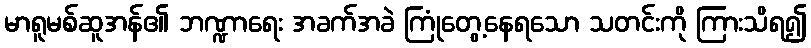
မာရူမစ်ဆူအန်၏ ဘဏ္ဍာရေး အခက်အခဲ ကြုံတွေ့နေရသော သတင်းကို ကြားသိရ၍